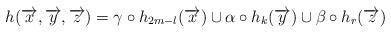
LaTeX: \begin{align*} h(\overrightarrow{x}, \overrightarrow{y}, \overrightarrow{z})= \gamma \circ h_{2m-l}(\overrightarrow{x}) \cup \alpha \circ h_k(\overrightarrow{y}) \cup \beta \circ h_r(\overrightarrow{z})\end{align*}